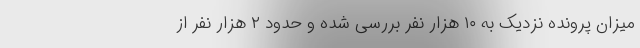
میزان پرونده نزدیک به ۱۰ هزار نفر بررسی شده و حدود ۲ هزار نفر از